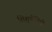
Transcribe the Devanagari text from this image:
शिशुथैलियों